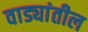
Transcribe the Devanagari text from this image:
वाड्यांतील